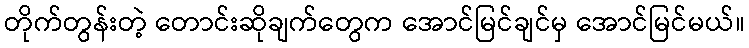
တိုက်တွန်းတဲ့ တောင်းဆိုချက်တွေက အောင်မြင်ချင်မှ အောင်မြင်မယ်။